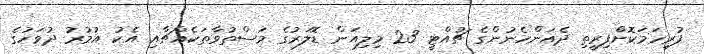
ފުރިހަމަކޮށްފިރީތި ދެއަންހެނުންގެ ޗުއްޓީ 23 މިލިއަން ޑޮލަރުގެ މަސްތުވާތަކެއްޗާއި އެކު އުމުރު ދުވަހުގެ